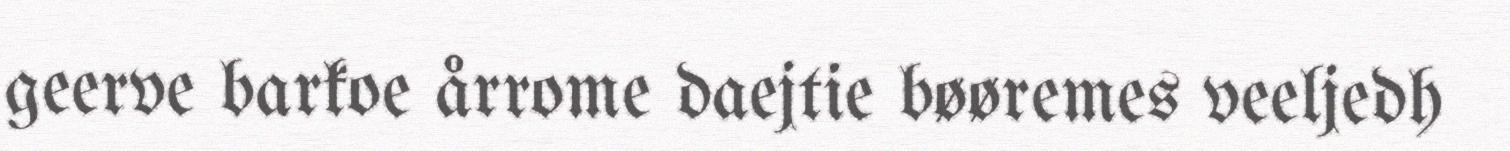
geerve barkoe årrome daejtie bøøremes veeljedh